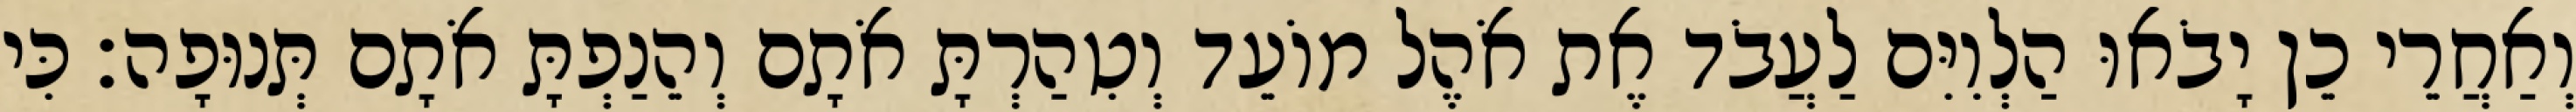
וְאַחֲרֵי כֵן יָבֹאוּ הַלְוִיִּם לַעֲבֹד אֶת אֹהֶל מוֹעֵד וְטִהַרְתָּ אֹתָם וְהֵנַפְתָּ אֹתָם תְּנוּפָה׃ כִּי